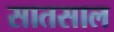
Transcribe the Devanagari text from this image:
सातसाल